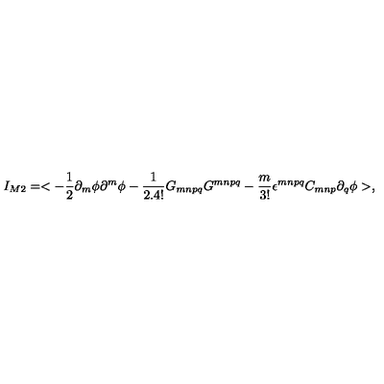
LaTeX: I _ { M 2 } = < - \frac { 1 } { 2 } \partial _ { m } \phi \partial ^ { m } \phi - \frac { 1 } { 2 . 4 ! } G _ { m n p q } G ^ { m n p q } - \frac { m } { 3 ! } \epsilon ^ { m n p q } C _ { m n p } \partial _ { q } \phi > ,